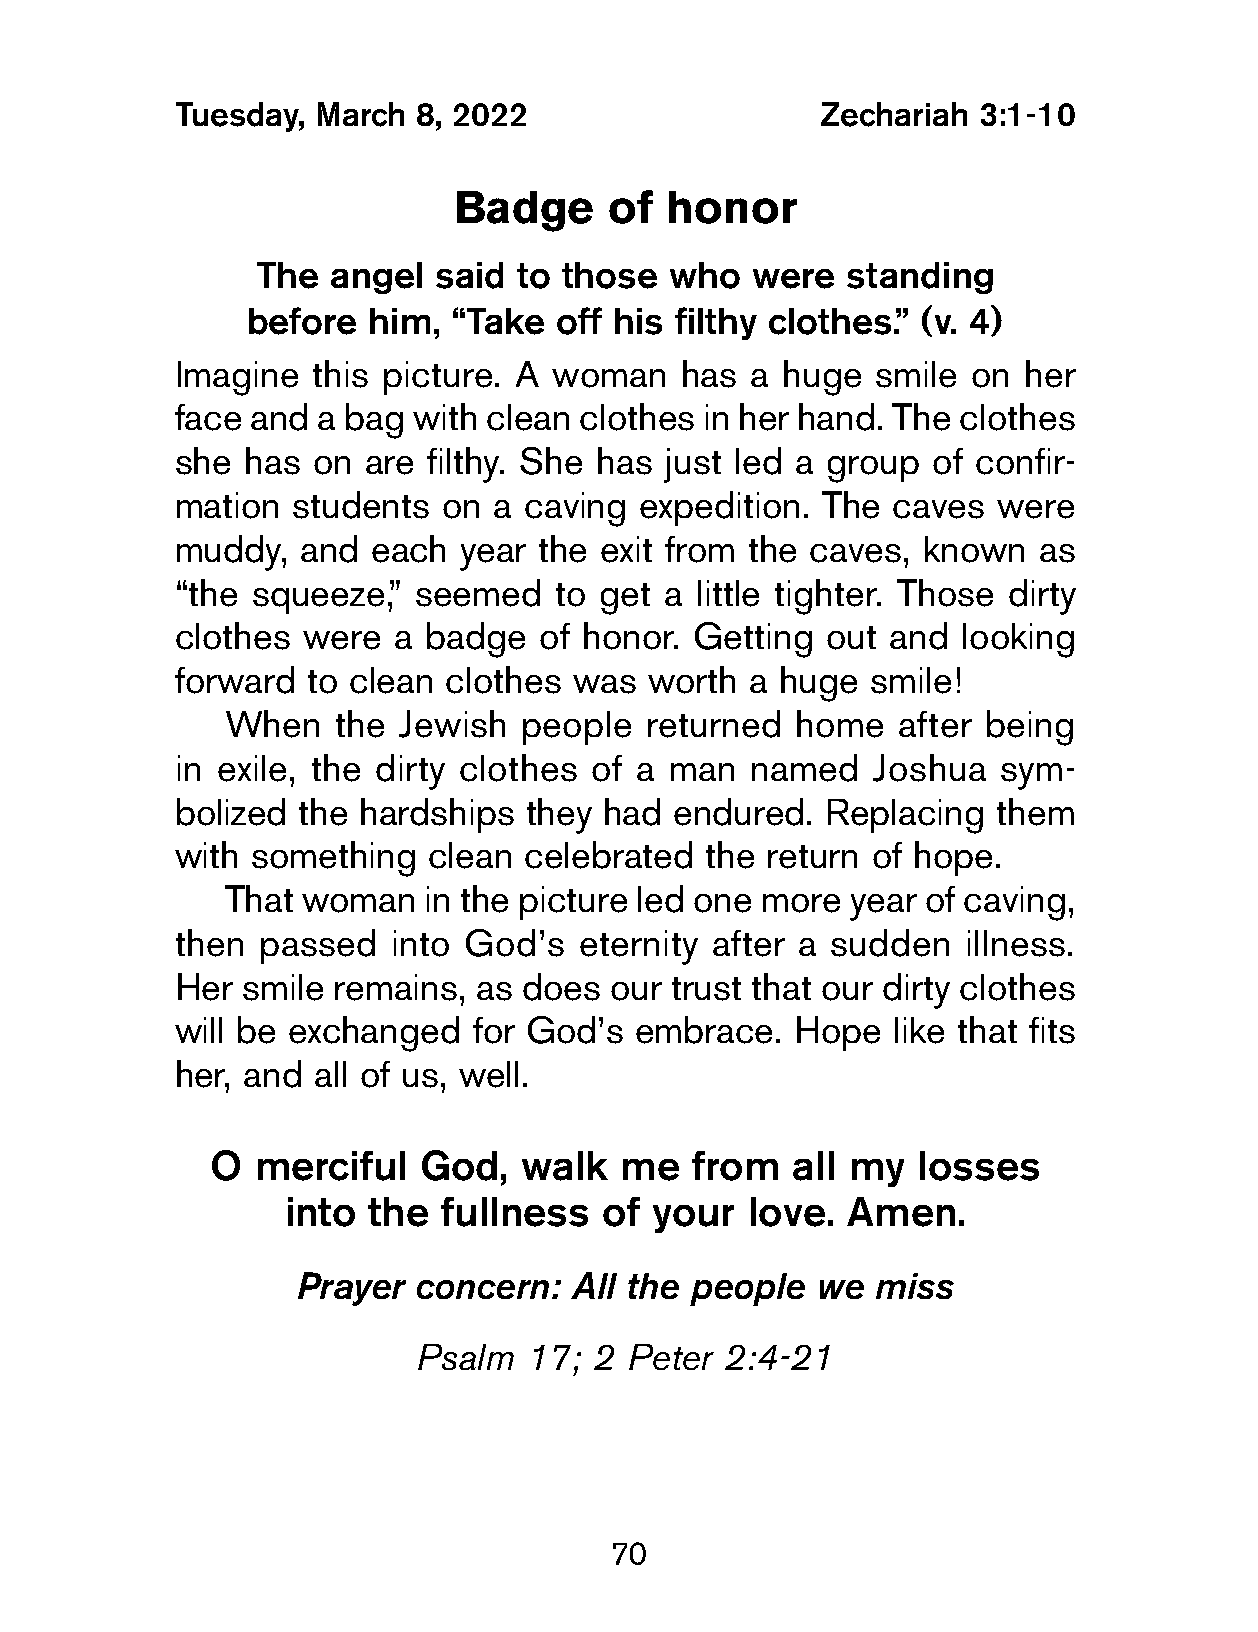
Tuesday,  March  8, 2022                   Zechariah  3:1-10
 Badge     of  honor
 The  angel  said to those  who   were  standing
 before  him,  “Take  off his filthy clothes.” (v. 4)
 Imagine   this picture. A woman   has  a huge  smile on  her
 face  and a bag with clean clothes in her hand. The clothes
 she  has  on are filthy. She has just led a group  of confir-
 mation  students  on  a caving expedition. The  caves  were
 muddy,   and  each year  the exit from the caves, known   as
 “the  squeeze,” seemed    to get a little tighter. Those dirty
 clothes  were  a badge   of honor. Getting  out and  looking
 forward  to clean clothes  was  worth a huge  smile!
 When   the Jewish  people   returned  home  after being
 in exile, the dirty clothes of a man   named   Joshua  sym-
 bolized  the hardships  they had endured.   Replacing  them
 with  something  clean  celebrated  the return of hope.
 That woman   in the picture led one more year of caving,
 then  passed   into God’s  eternity after a sudden   illness.
 Her  smile remains, as does  our trust that our dirty clothes
 will be exchanged   for God’s  embrace.  Hope   like that fits
 her, and  all of us, well.
 O  merciful   God,  walk   me   from  all my   losses
 into the  fullness   of your  love.  Amen.
 Prayer concern:   All the people  we  miss
 Psalm   17; 2 Peter  2:4-21
 70